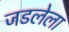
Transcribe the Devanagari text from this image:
जडलेला